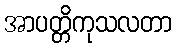
အာပတ္တိကုသလတာ